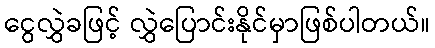
ငွေလွှဲခဖြင့် လွှဲပြောင်းနိုင်မှာဖြစ်ပါတယ်။